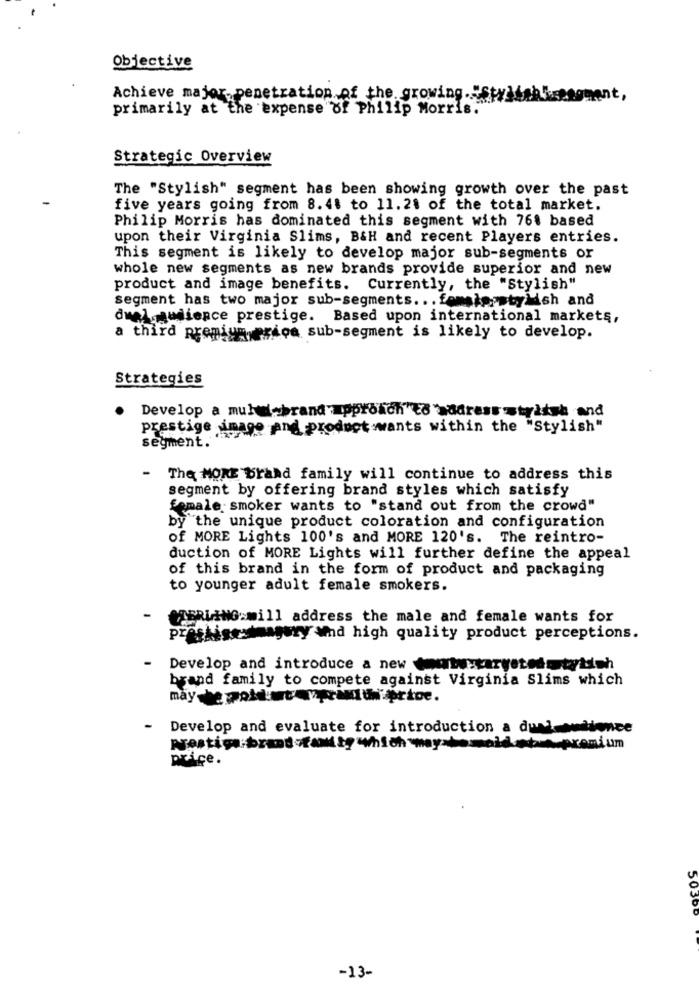
Objective
Achieve major penetration of the growing .. "Stylish segment,
primarily at the expense of Philip Morris.
Strategic Overview
The "Stylish" segment has been showing growth over the past
five years going from 8.48 to 11.21 of the total market.
Philip Morris has dominated this segment with 768 based
upon their Virginia Slims, B&H and recent Players entries.
This segment is likely to develop major sub-segments or
whole new segments as new brands provide superior and new
product and image benefits. Currently, the "Stylish"
segment has two major sub-segments ... fomsig.stylish and
dueloaudience prestige. Based upon international markets,
a third premium erica sub-segment is likely to develop.
Strategies
Develop a mul-brand approach"to >adressstylish and
prestige image And product wwants within the "Stylish"
segment. "
-
The MORE brand family will continue to address this
segment by offering brand styles which satisfy
female smoker wants to "stand out from the crowd"
by the unique product coloration and configuration
of MORE Lights 100's and MORE 120's. The reintro-
duction of MORE Lights will further define the appeal
of this brand in the form of product and packaging
to younger adult female smokers.
MERLING mill address the male and female wants for
prestige imagery and high quality product perceptions.
Develop and introduce a new toute:caryetedotytich
brand family to compete against Virginia Slims which
may be gold:wt verwun prtoe.
Develop and evaluate for introduction a dual-setionce
price.
5030
-13-